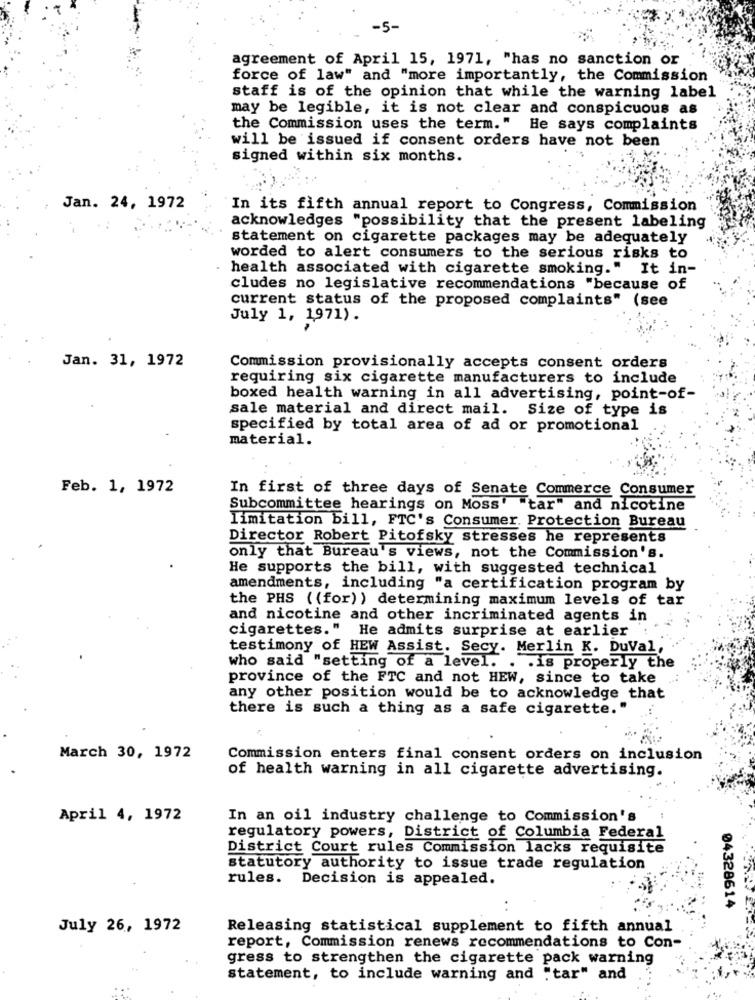
-5-
agreement of April 15, 1971, "has no sanction or
force of law" and "more importantly, the Commission
staff is of the opinion that while the warning label
may be legible, it is not clear and conspicuous as
the Commission uses the term." He says complaints
will be issued if consent orders have not been
signed within six months.
Jan. 24, 1972
In its fifth annual report to Congress, Commission
acknowledges "possibility that the present labeling
statement on cigarette packages may be adequately
worded to alert consumers to the serious risks to
health associated with cigarette smoking." It in-
cludes no legislative recommendations "because of
current status of the proposed complaints" (see
July 1, 1971).
Jan. 31, 1972
Commission provisionally accepts consent orders
requiring six cigarette manufacturers to include
boxed health warning in all advertising, point-of-
sale material and direct mail. Size of type is
specified by total area of ad or promotional
material.
Feb. 1, 1972
In first of three days of Senate Commerce Consumer
Subcommittee hearings on Moss' "tar" and nicotine
limitation bill, FTC's Consumer. Protection Bureau
Director Robert Pitofsky stresses he represents
only that Bureau's views, not the Commission's.
He supports the bill, with suggested technical
amendments, including "a certification program by
the PHS ( (for)) determining maximum levels of tar
and nicotine and other incriminated agents in
cigarettes." He admits surprise at earlier
testimony of HEW Assist. Secy. Merlin K. DuVal,
who said "setting of a level. . . is properly the
province of the FTC and not HEW, since to take
any other position would be to acknowledge that
there is such a thing as a safe cigarette."
March 30, 1972
Commission enters final consent orders on inclusion
of health warning in all cigarette advertising.
April 4, 1972
In an oil industry challenge to Commission's
regulatory powers, District of Columbia Federal
District Court rules Commission lacks requisite
statutory authority to issue trade regulation
rules. Decision is appealed.
04328614
July 26, 1972
Releasing statistical supplement to fifth annual
report, Commission renews recommendations to Con-
gress to strengthen the cigarette pack warning
statement, to include warning and "tar" and